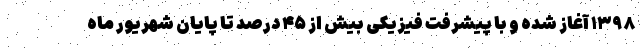
۱۳۹۸ آغاز شده و با پیشرفت فیزیکی بیش از ۴۵ درصد تا پایان شهریور ماه